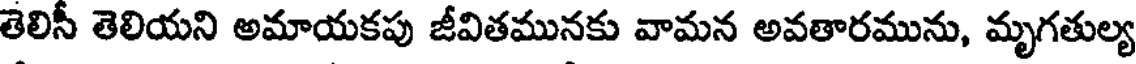
తెలినీ తెలియని అమాయకపు జీవితమునకు వామన అవతారమును, మృగతుల్య